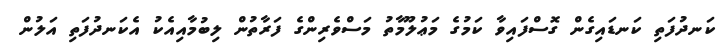
ކަނދުފަތި ކަނޑައިގެން ގޮސްފައިވާ ކަމުގެ މަޢުލޫމާތު މަސްވެރިންގެ ފަރާތުން ލިބުމާއިއެކު އެކަނދުފަތި އަލުން